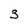
Character: 3